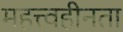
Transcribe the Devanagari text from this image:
महत्त्वहीनता